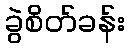
ခွဲစိတ်ခန်း